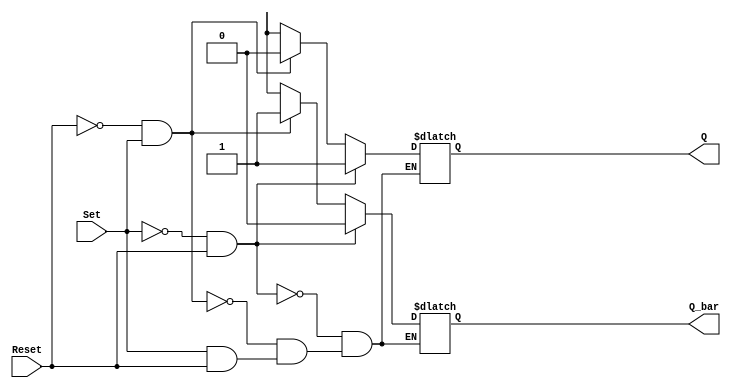
module SR_ff (
    input Set,
    input Reset,
    output reg Q,
    output reg Q_bar
);

always @ (Set, Reset)
begin
    if (Set == 0 && Reset == 1) begin // Set condition
        Q <= 1;
        Q_bar <= 0;
    end
    else if (Reset == 0 && Set == 1) begin // Reset condition
        Q <= 0;
        Q_bar <= 1;
    end
    else if (Set == 1 && Reset == 1) begin // Retain previous state
        // Do nothing, Q and Q_bar retain previous values
    end
    else begin // Undefined state when both Set and Reset are low
        Q <= X;
        Q_bar <= X;
    end
end

endmodule